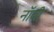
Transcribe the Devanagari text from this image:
नॉबी